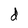
Character: d